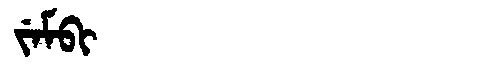
Manchu: ᠵᡝᠮᠪᡳ
Romanization: JEMBI